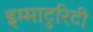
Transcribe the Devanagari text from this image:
इम्माटुरिटी